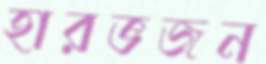
হারভজন